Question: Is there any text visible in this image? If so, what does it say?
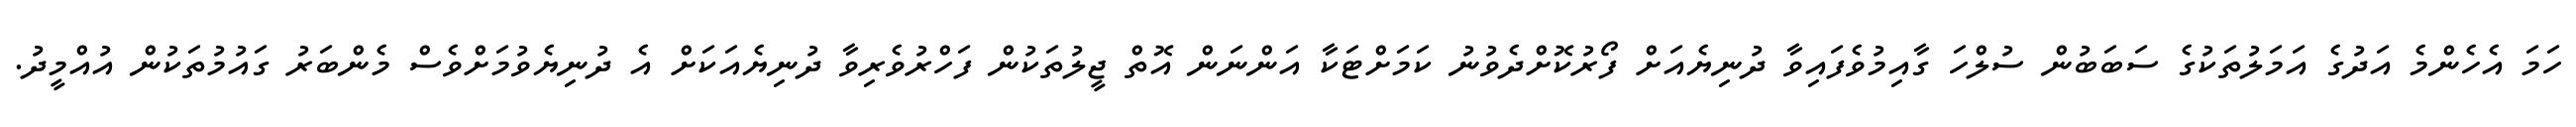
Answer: ހަމަ އެހެންމެ އަދުގެ އަމަލުތަކުގެ ސަބަބުން ސުލްހަ ގާއިމުވެފައިވާ ދުނިޔެއަށް ފޯރުކޮށްދެވުނު ކަމަށްޓަކާ އަންނަން އޮތް ޖީލުތަކުން ފަހްރުވެރިވާ ދުނިޔެއަކަށް އެ ދުނިޔެވުމަށްވެސް މެންބަރު ގައުމުތަކުން އުއްމީދު.